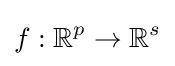
f:{\mathbb {R}}^{p}\to {\mathbb {R}}^{s}